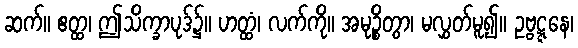
ဆက်။ ဧတ္ထ၊ ဤသိက္ခာပုဒ်၌။ ဟတ္ထံ၊ လက်ကို။ အမုဉ္စိတွာ၊ မလွှတ်မူ၍။ ဥဗ္ဗဋ္ဋနေ၊